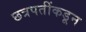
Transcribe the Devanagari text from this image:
छत्रपतींकडून